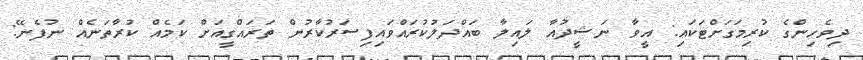
ދިވެހިންގެ ކުރިމަގަށްޓަކައި: އީވާ ނަޝީދުއާ ލައިލާ ބައްދަލުކުރައްވައިފިސަރުކާރުން ތަރައްގީއަށް ކަމެއް ކުރާތަނެއް ނުފެނޭ: